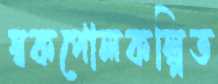
স্বকপোলকল্পিত